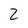
Character: 2